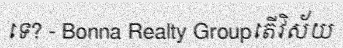
ទេ? - Bonna Realty Groupតើវិស័យ